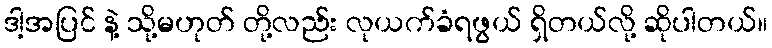
ဒါ့အပြင် နဲ့ သို့မဟုတ် တို့လည်း လုယက်ခံရဖွယ် ရှိတယ်လို့ ဆိုပါတယ်။